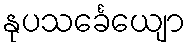
နုပသင်္ခေယျော